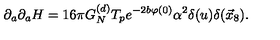
\partial _ { a } \partial _ { a } H = 1 6 \pi G _ { N } ^ { ( d ) } T _ { p } e ^ { - 2 b \varphi ( 0 ) } \alpha ^ { 2 } \delta ( u ) \delta ( \vec { x } _ { 8 } ) .